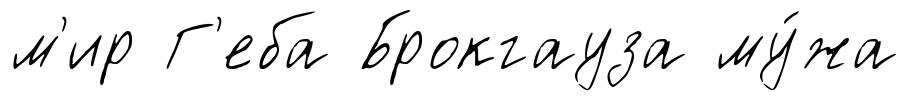
м'ир Г'еба Брокгауза му́жа